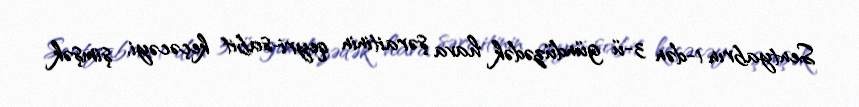
Sentyabrın 1-dən 3-ü gündüzədək hava şəraitinin qeyri-sabit keçəcəyi, şimşək